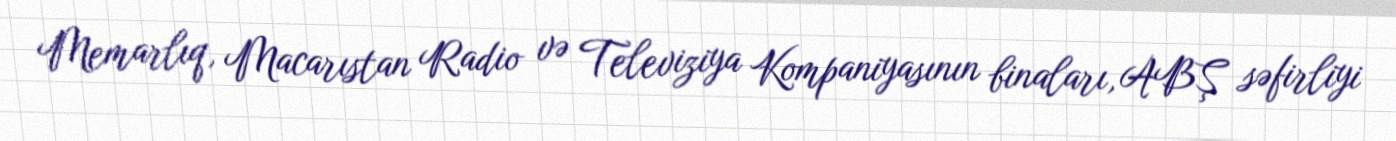
Memarlıq, Macarıstan Radio və Televiziya Kompaniyasının binaları, ABŞ səfirliyi